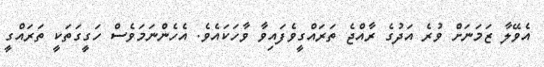
އެވޭލާ ޒަމަނަަށް ވުރެ އަދުގެ ރާއްޖެ ތަރައްގީވެފައިވާ ވާހަކައެވެ. އެހެންނަމަވެސް ހަގީގަތަކީ ތަރައްގީ